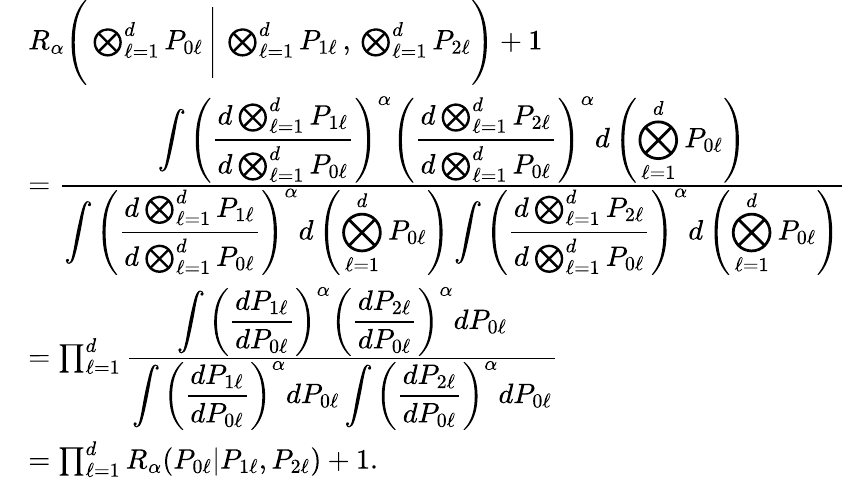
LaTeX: \begin{array}{rl}&{{R_{\alpha}\Bigg(\bigotimes_{\ell=1}^{d}P_{0\ell}\, \Bigg|\, \bigotimes_{\ell=1}^{d}P_{1\ell}\, ,\, \bigotimes_{\ell=1}^{d}P_{2\ell}\Bigg)}+1}\\ &{=\frac{\displaystyle\int\left(\frac{d\bigotimes_{\ell=1}^{d}P_{1\ell}}{d\bigotimes_{\ell=1}^{d}P_{0\ell}}\right)^{\alpha}\left(\frac{d\bigotimes_{\ell=1}^{d}P_{2\ell}}{d\bigotimes_{\ell=1}^{d}P_{0\ell}}\right)^{\alpha}d\left(\bigotimes_{\ell=1}^{d}P_{0\ell}\right)}{\displaystyle\int\left(\frac{d\bigotimes_{\ell=1}^{d}P_{1\ell}}{d\bigotimes_{\ell=1}^{d}P_{0\ell}}\right)^{\alpha}d\left(\bigotimes_{\ell=1}^{d}P_{0\ell}\right)\int\left(\frac{d\bigotimes_{\ell=1}^{d}P_{2\ell}}{d\bigotimes_{\ell=1}^{d}P_{0\ell}}\right)^{\alpha}d\left(\bigotimes_{\ell=1}^{d}P_{0\ell}\right)}}\\ &{=\prod_{\ell=1}^{d}\frac{\displaystyle\int\left(\frac{dP_{1\ell}}{dP_{0\ell}}\right)^{\alpha}\left(\frac{dP_{2\ell}}{dP_{0\ell}}\right)^{\alpha}dP_{0\ell}}{\displaystyle\int\left(\frac{dP_{1\ell}}{dP_{0\ell}}\right)^{\alpha}dP_{0\ell}\int\left(\frac{dP_{2\ell}}{dP_{0\ell}}\right)^{\alpha}dP_{0\ell}}}\\ &{=\prod_{\ell=1}^{d}{R_{\alpha}}(P_{0\ell}|P_{1\ell},P_{2\ell})+1.}\end{array}